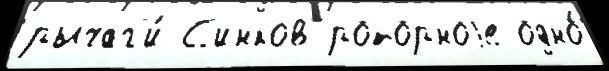
рычаг'и́ С'инков роторноjе одно́